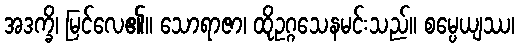
အဒက္ခိ၊ မြင်လေ၏။ သောရာဇာ၊ ထိုဥဂ္ဂသေနမင်းသည်။ စမ္ပေယျဿ၊